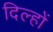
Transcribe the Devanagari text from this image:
दिल्हों